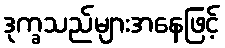
ဒုက္ခသည်များအနေဖြင့်